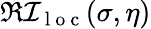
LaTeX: \Re\mathcal{I}_{\mathrm{~l~o~c~}}(\sigma,\eta)